Annual administration report of the Civil Veterinary Department of India - 1893-1894
Year: 1893
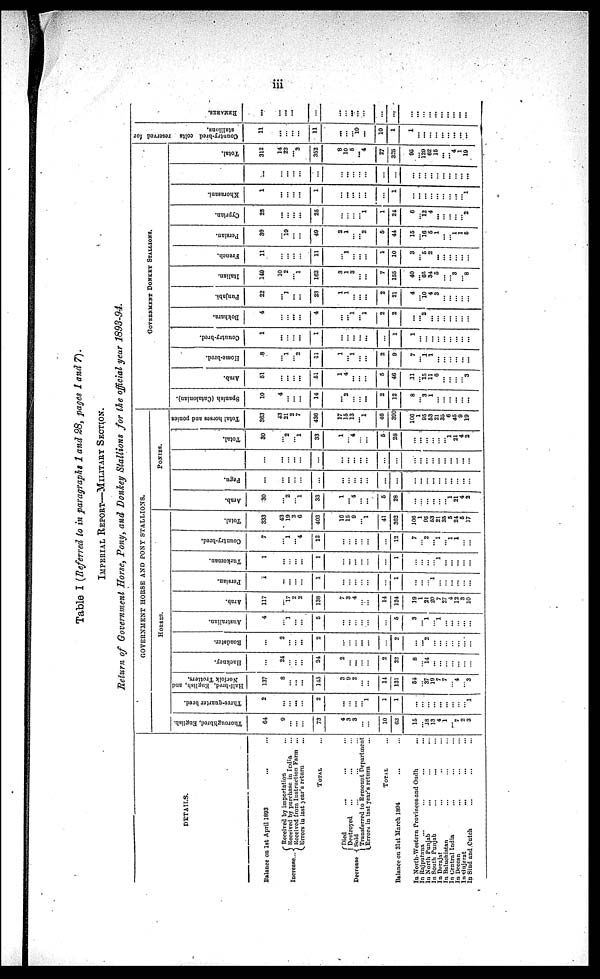
iii
Table I (Referred to in paragraphs 1 and 28, pages 1 and 7).
IMPERIAL REPORT—MILITARY SECTION.
Return of Government Horse, Pony, and Donkey Stallions for the official year 1893-94.
DETAILS.
Balance on 1st April 1893 ... ...
Increase..
Received by importation ...
Received by purchase in India
...
Received from Instruction Farm ...
Errors in last year's return ...
TOTAL ...
Decrease
Died .. ... ...
Destroyed ... ... ...
Sold ... ... ...
Transferred to Remount Department
Errors in last year's return ...
TOTAL ...
Balance on 31st March 1894 ... ...
In North-Western Provinces-and Oudh
...
In Rajputana ... ... ...
In North Punjab ... ... ...
In South Punjab ... ... ...
In Derajat ... ... ...
In Baluchistan ... ... ...
In Central India ... ... ...
In Deccan ... ... ...
In Gujerat ... ... ...
In Sind and Cutch ... ... ...
GOVERNMENT HORSE AND PONY STALLIONS.
HORSE.
Thoroughbred, English.
64
9
... ...
...
73
4
3
3
...
...
10
63
15
... 18
13
4
1
... 7
2
3
Three-quarter bred.
2
...
... ...
...
2
...
...
...
...
...
1
1
...
...
...
... ...
...
...
...
... 1
Half-bred, English, and
Norfolk Trotters.
137
8
...
...
145
3
9
2
...
...
14
131
54
... 37
19
7
7
... 4
... 3
Hackney.
...
24
... ...
...
24
2
...
...
...
...
2
22
8
... 14
...
...
...
...
...
...
...
Roadster.
...
2
... ...
...
2
...
...
... ...
...
...
2
...
... 2
...
...
...
...
...
...
...
Australian.
4
...
1
...
...
5
...
...
...
...
...
...
5
3
... 1
...
1
...
...
...
... ...
Arab.
117
...
17
2
2
138
7
3
4
...
...
14
124
19
1
21
20
7
27
4
12
3
10
Persian.
1
...
...
...
...
1
...
...
...
...
...
...
1
...
...
... 1
...
... ...
...
... ...
Turkoman.
1
...
... ...
...
1
...
...
...
...
...
...
1
...
...
...
... 1
...
...
...
...
...
Country-bred.
7
...
1
...
4
12
...
...
...
...
...
...
12
7
...
2 ...
1 ...
1
1 ...
...
Total.
333
43
19
2
6
403
16
15
9
... 1
41
362
106
1
95
53
21
35
5
24
5
17
PONIES.
Arab.
30
...
2
...
1
33
1
... 4
...
...
5
28
...
...
... ...
...
... 1
21
4
2
Pegu.
...
...
...
...
...
...
...
...
... ...
...
...
...
...
...
...
...
... ...
...
... ...
...
...
...
... ...
...
...
...
...
... ...
...
...
...
...
... ...
...
...
...
... ...
...
...
Total.
30
...
2
...
1
33
1
...
4
...
...
5
28
...
...
...
...
... ...
1
21
4
2
Total horses and ponies.
363
43
21
2 7
436
17
15
...
...
...
46
390
106
1
95
53
21
35
6
45
9
19
GOVERNMENT DONKEY STALLIONS.
Spanish (Catalonian).
10
4
...
...
...
14
...
2
...
...
...
2
12
8
... 3
1
...
...
...
...
... ...
Arab.
51
...
... ...
...
51
1
4
...
...
...
5
46
11
... 15
11
6
...
...
...
... 3
Home-bred.
8
...
1
...
2
11
1
...
1
...
...
2
9
7
... 1
1
...
...
...
...
...
...
Country-bred.
1
...
... ...
...
1
...
...
...
...
...
...
1
1
...
...
...
...
...
... ...
... ...
Bokhara.
4
...
... ...
...
4
...
... 1
...
...
2
2
...
... 2
...
...
...
...
... ...
...
Punjabi.
22
...
1
...
...
23
1
1
...
...
...
2
21
4
... 10
4
3
...
...
...
...
...
Italian.
149
10
2
...
1
162
3
1
3
...
...
7
155
40
... 65
34
5
...
... 3
... 8
French.
11
...
... ...
...
11
...
1
...
...
...
1
10
3
... 5
2
...
... ...
...
...
...
Persian.
30
...
19
...
...
49
2
1
...
... 2
5
44
15
... 16
5
1
...
... 1
1
5
Cyprian.
25
...
... ...
...
25
...
...
...
... 1
1
24
6
... 12
4
...
...
...
...
... 2
Khorasani.
1
...
... ...
...
1
...
...
...
...
...
...
1
...
...
...
...
...
...
...
...
... 1
...
...
...
...
...
...
...
...
...
...
...
...
...
... ...
... ...
...
... ...
...
Total.
312
14
23
...
3
352
8
10
5
... 4
27
325
95
...
129
62
15
...
... 4
1
19
Country-bred colts reserved for
stallions.
11
...
...
...
...
11
...
...
... 10
...
10
1
1
...
...
...
...
...
...
...
...
...
RE MARKS .
...
...
...
...
...
...
...
...
...
...
...
...
...
...
...
... ...
...
...
... ...
...